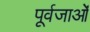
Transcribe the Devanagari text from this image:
पूर्वजाओं